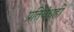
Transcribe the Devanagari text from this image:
प्रतिबंधही